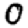
Digit: 0